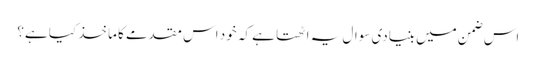
اس ضمن میں بنیادی سوال یہ اٹھتا ہے کہ خود اس مقدمے کا ماخذ کیا ہے؟